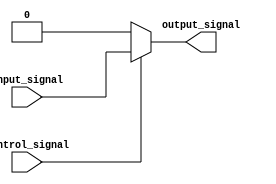
module comb_buffer (
    input wire input_signal,
    input wire control_signal,
    output reg output_signal
);

always @ (input_signal or control_signal)
begin
    if (control_signal)
        output_signal = input_signal;
    else
        output_signal = 1'b0; //output a low logic level when control signal is low
end

endmodule